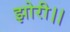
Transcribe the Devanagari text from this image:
झोरी।।